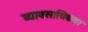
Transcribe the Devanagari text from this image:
व्यावसायिकवर